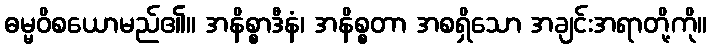
ဓမ္မဝိစယောမည်၏။ အနိစ္စာဒီနံ၊ အနိစ္စတာ အစရှိသော အချင်းအရာတို့ကို။